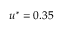
u ^ { * } = 0 . 3 5